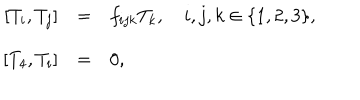
\begin{array} { r c l } { { \, [ T _ { i } , T _ { j } ] } } & { { = } } & { { f _ { i j k } T _ { k } , \quad i , j , k \in \{ 1 , 2 , 3 \} , } } \\ { { \, [ T _ { 4 } , T _ { i } ] } } & { { = } } & { { 0 , } } \\ \end{array}